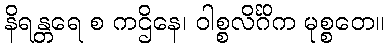
နိရန္တရေ စ ကဌိနေ၊ ဝါစ္စလိင်္ဂိက မုစ္စတေ။